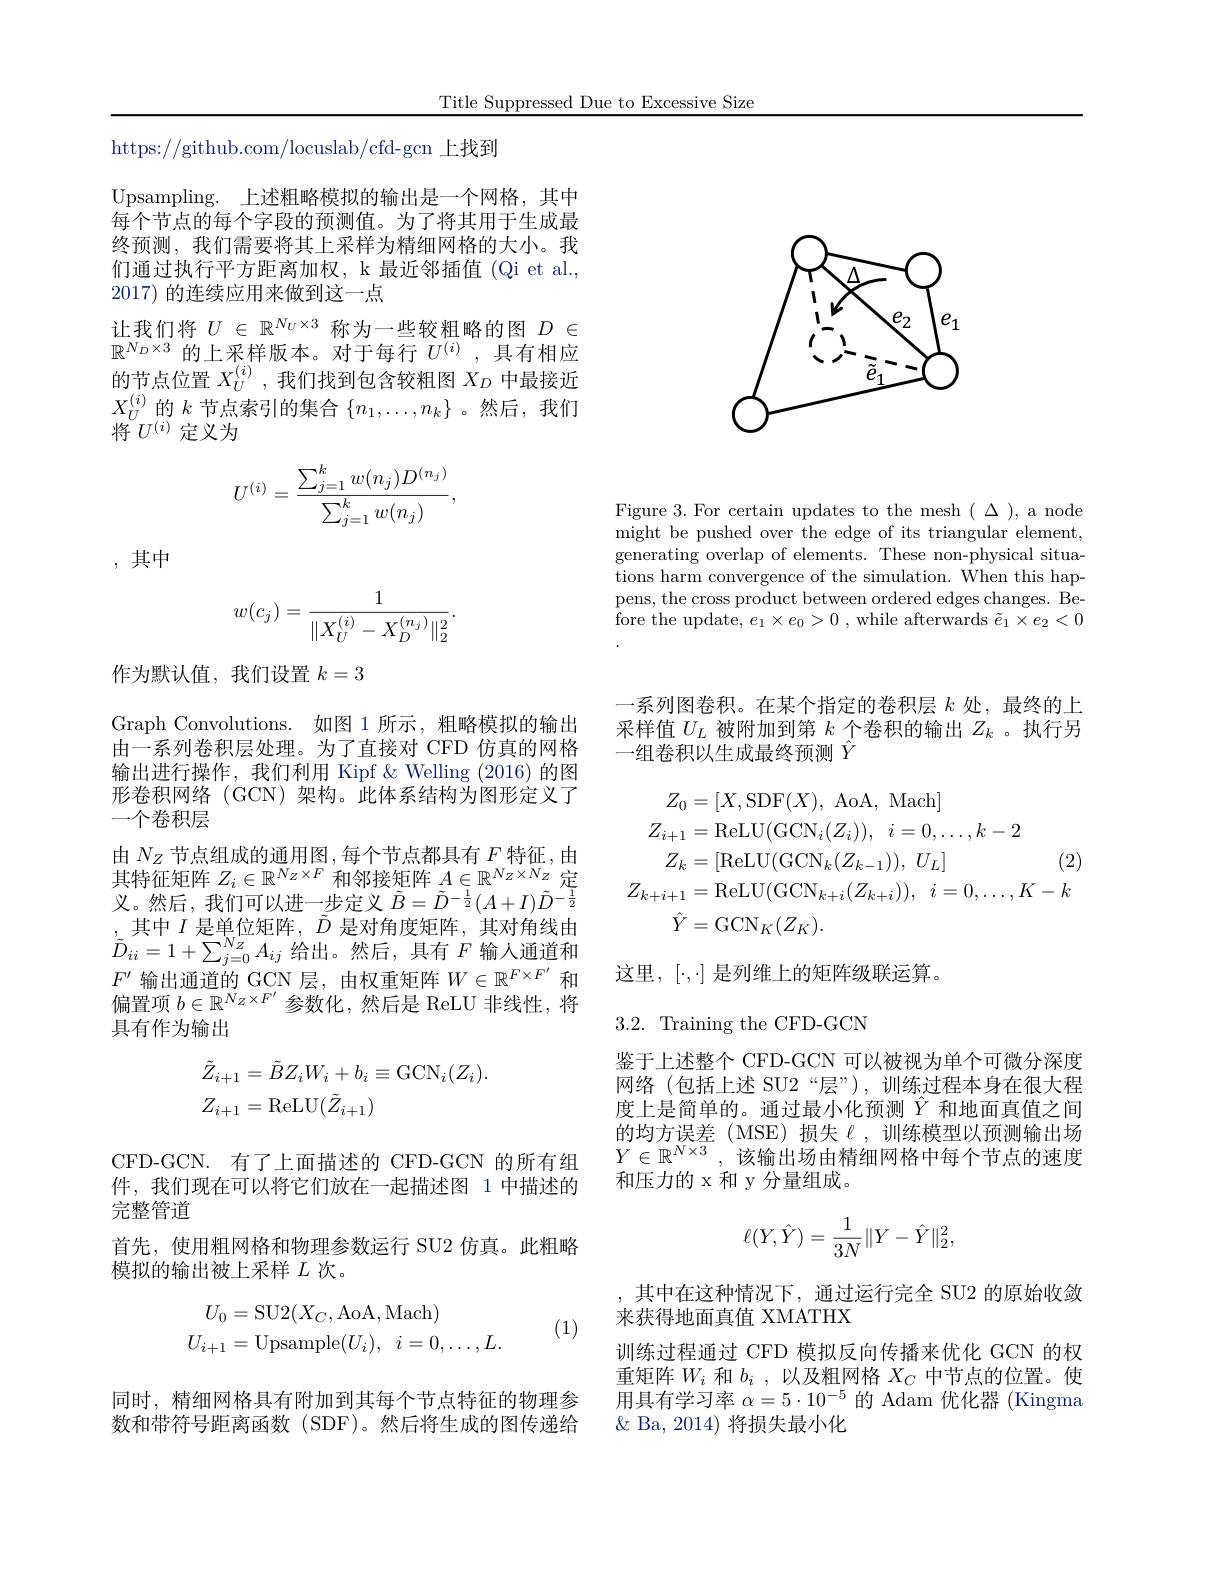
Title Suppressed Due to Excessive Size

<FigureHere>

Figure 3. For certain updates to the mesh ( $\Delta$), a node might be pushed over the edge of its triangular element, generating overlap of elements. These non-physical situations harm convergence of the simulation. When this happens, the cross product between ordered edges changes. Before the update, $e_1\times e_0> 0$ , while afterwards $\tilde{e}_1\times e_2<0$

https://github.com/locuslab/cfd-gcn 上找到

Upsampling. 上述粗略模拟的输出是一个网格，其中每个节点的每个字段的预测值。为了将其用于生成最终预测，我们需要将其上采样为精细网格的大小。我们通过执行平方距离加权，k 最近邻插值 (Qi et al., 2017) 的连续应用来做到这一点
让我们将$U\in\mathbb{R}^{N_U\times3}$称为一些较粗略的图$D\in$ $\mathbb{R}^{N_D\times3}$ 的上采样版本。对于每行 $U^(i)$,具有相应的节点位置$X_U^{(i)}$ ,我们找到包含较粗图$X_D$中最接近$X_U^{(i)}$的$k$节点索引的集合$\{n_1,\ldots,n_k\}$ 。然后，我们将$^{^{\circ}U^{(i)}}$定义为
$$U^{(i)}=\frac{\sum_{j=1}^kw(n_j)D^{(n_j)}}{\sum_{j=1}^kw(n_j)},$$
,其中
$$w(c_j)=\frac{1}{\|X_U^{(i)}-X_D^{(n_j)}\|_2^2}.$$
作为默认值，我们设置$k=3$

Graph Convolutions. 如图 1 所示，粗略模拟的输出由一系列卷积层处理。为了直接对 CFD 仿真的网格输出进行操作，我们利用 Kipf & Welling (2016) 的图形卷积网络(GCN)架构。此体系结构为图形定义了一个卷积层
由$N_Z$节点组成的通用图，每个节点都具有$F$特征，由其特征矩阵$Z_i\in\mathbb{R}^{N_Z\times F}$和邻接矩阵$A\in\mathbb{R}^N_Z\times N_Z$定义。然后，我们可以进一步定义$\tilde{B}=\tilde{D}^{-\frac12}(A+I)\tilde{D}^{-\frac12}$ 其中$I$是单位矩阵，$\vec{D}$是对角度矩阵，其对角线由$\begin{array}{c}{,\text{ 六十 },\text{ 八七十四个},\:,\text{ 心 },\text{ 定小门及处中},\text{ 六个})\text{门入山}}\\{\tilde{D}_{ii}=1+\sum_{j=0}^{N_{Z}}A_{ij}\text{ 给出。然后},\text{ 具有 }F\text{ 输人通道和}}\\\end{array}$ $F^{\prime}$输出通道的 GCN 层，由权重矩阵$W\in\mathbb{R}^F\times F^{\prime}$和偏置项$b\in\mathbb{R}^{N_Z\times F^{\prime}}$参数化，然后是 ReLU 非线性，将具有作为输出
$$\begin{aligned}&\tilde{Z}_{i+1}=\tilde{B}Z_{i}W_{i}+b_{i}\equiv\mathrm{GCN}_{i}(Z_{i}).\\&Z_{i+1}=\mathrm{ReLU}(\tilde{Z}_{i+1})\end{aligned}$$
CFD-GCN. 有了上面描述的 CFD-GCN 的所有组件，我们现在可以将它们放在一起描述图 1 中描述的完整管道
首先，使用粗网格和物理参数运行 SU2 仿真。此粗略
模拟的输出被上采样$L$次。

(1)
$$\begin{aligned}U_{0}&=\mathrm{SU2}(X_{C},\mathrm{AoA},\mathrm{Mach})\\U_{i+1}&=\mathrm{Upsample}(U_{i}),\:i=0,\ldots,L.\end{aligned}$$
同时，精细网格具有附加到其每个节点特征的物理参数和带符号距离函数 (SDF)。然后将生成的图传递给

一系列图卷积。在某个指定的卷积层$k$处，最终的上采样值$U_L$被附加到第$k$个卷积的输出$Z_k$ 。执行另一组卷积以生成最终预测$\hat{Y}$
$$\begin{aligned}Z_{0}&=[X,\mathrm{SDF}(X),\:\mathrm{AoA},\:\mathrm{Mach}]\\Z_{i+1}&=\mathrm{ReLU}(\mathrm{GCN}_{i}(Z_{i})),\:i=0,\ldots,k-2\\Z_{k}&=[\mathrm{ReLU}(\mathrm{GCN}_{k}(Z_{k-1})),\:U_{L}]&(2)\\Z_{k+i+1}&=\mathrm{ReLU}(\mathrm{GCN}_{k+i}(Z_{k+i})),\:i=0,\ldots,K-k\\\hat{Y}&=\mathrm{GCN}_{K}(Z_{K}).\end{aligned}$$
这里，$[\cdot,\cdot]$是列维上的矩阵级联运算。

## 3.2. Training the CFD-GCN

鉴于上述整个 CFD-GCN 可以被视为单个可微分深度网络(包括上述 SU2“层”),训练过程本身在很大程度上是简单的。通过最小化预测$\hat{Y}$和地面真值之间的均方误差(MSE)损失$\ell$,训练模型以预测输出场$Y\in \mathbb{R} ^{N\times 3}$ ,该输出场由精细网格中每个节点的速度和压力的 x 和 y 分量组成。
$$\ell(Y,\hat{Y})=\frac{1}{3N}\|Y-\hat{Y}\|_2^2,$$
,其中在这种情况下，通过运行完全 SU2 的原始收敛
来获得地面真值 XMATHX
训练过程通过 CFD 模拟反向传播来优化 GCN 的权重矩阵$W_i$和$b_i$ ,以及粗网格$X_C$中节点的位置。使用具有学习率$\alpha=5\cdot10^{-5}$的 Adam 优化器 (Kingma $\&$ Ba, 2014) 将损失最小化